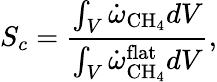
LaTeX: S_{c}=\frac{\int_{V}\dot{\omega}_{\mathrm{CH}_{4}}dV}{\int_{V}\dot{\omega}_{\mathrm{CH}_{4}}^{\mathrm{flat}}dV},